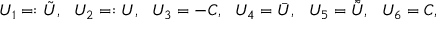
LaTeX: U _ { 1 } = : { \tilde { U } } , \ \ U _ { 2 } = : U , \ \ U _ { 3 } = - C , \ \ U _ { 4 } = { \bar { U } } , \ \ U _ { 5 } = { \bar { \tilde { U } } } , \ \ U _ { 6 } = C ,